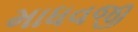
માધવજી